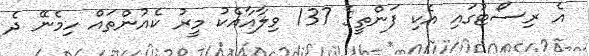
އެ ރިސޯޓުގައި އެކި ފަންތީގެ 137 ވިލާއާއެކު މީރު ކެއުންތައް ހިމެނޭ ދެ